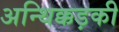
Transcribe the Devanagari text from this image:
अन्थिक्कड़की